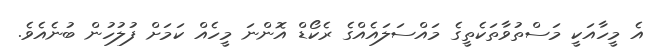
އެ މީހާއަކީ މަސްތުވާތަކެތީގެ މައްސަލައެއްގެ ރެކޯޑް އޮންނަ މީހެއް ކަމަށް ފުލުހުން ބުނެއެވެ.